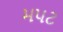
મપટ